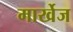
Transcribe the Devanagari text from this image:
मार्खेज